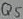
Text: Q5